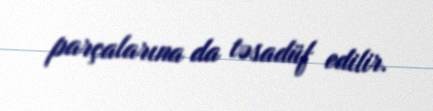
parçalarına da təsadüf edilir.